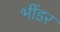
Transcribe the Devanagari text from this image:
भींडर